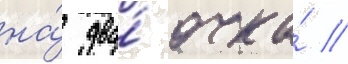
на́ два́ очка́ //